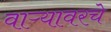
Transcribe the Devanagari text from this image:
वाऱ्यावरचे